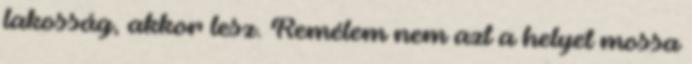
lakosság, akkor lesz. Remélem nem azt a helyet mossa